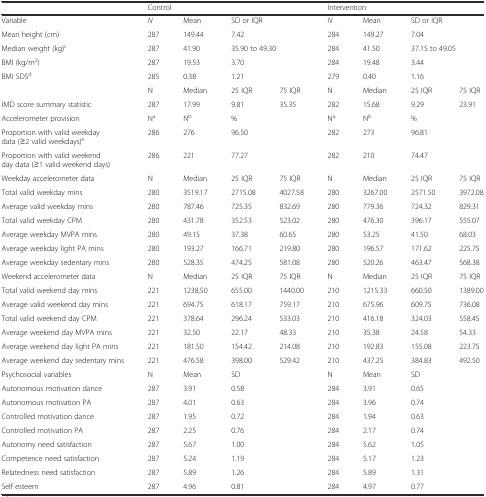
<table><thead><tr><td></td><td colspan="4"><b>Control</b></td><td colspan="4"><b>Intervention</b></td></tr></thead><tbody><tr><td>Variable</td><td><i>N</i></td><td>Mean</td><td colspan="2">SD or IQR</td><td><i>N</i></td><td>Mean</td><td colspan="2">SD or IQR</td></tr><tr><td>Mean height (cm)</td><td>287</td><td>149.44</td><td colspan="2">7.42</td><td>284</td><td>149.27</td><td>7.04</td><td></td></tr><tr><td>Median weight (kg)<sup>c</sup></td><td>287</td><td>41.90</td><td colspan="2">35.90 to 49.30</td><td>284</td><td>41.50</td><td colspan="2">37.15 to 49.05</td></tr><tr><td>BMI (kg/m<sup>2</sup>)</td><td>287</td><td>19.53</td><td colspan="2">3.70</td><td>284</td><td>19.48</td><td colspan="2">3.44</td></tr><tr><td>BMI SDS<sup>d</sup></td><td>285</td><td>0.38</td><td colspan="2">1.21</td><td>279</td><td>0.40</td><td colspan="2">1.16</td></tr><tr><td></td><td>N</td><td>Median</td><td>25 IQR</td><td>75 IQR</td><td>N</td><td>Median</td><td>25 IQR</td><td>75 IQR</td></tr><tr><td>IMD score summary statistic</td><td>287</td><td>17.99</td><td>9.81</td><td>35.35</td><td>282</td><td>15.68</td><td>9.29</td><td>23.91</td></tr><tr><td>Accelerometer provision</td><td>N<sup>a</sup></td><td>N<sup>b</sup></td><td>%</td><td></td><td>N<sup>a</sup></td><td>N<sup>b</sup></td><td>%</td><td></td></tr><tr><td>Proportion with valid weekday data (≥2 valid weekdays)<sup>e</sup></td><td>286</td><td>276</td><td>96.50</td><td></td><td>282</td><td>273</td><td>96.81</td><td></td></tr><tr><td>Proportion with valid weekend day data (≥1 valid weekend days)</td><td>286</td><td>221</td><td>77.27</td><td></td><td>282</td><td>210</td><td>74.47</td><td></td></tr><tr><td>Weekday accelerometer data</td><td>N</td><td>Median</td><td>25 IQR</td><td>75 IQR</td><td>N</td><td>Median</td><td>25 IQR</td><td>75 IQR</td></tr><tr><td>Total valid weekday mins</td><td>280</td><td>3519.17</td><td>2715.08</td><td>4027.58</td><td>280</td><td>3267.00</td><td>2571.50</td><td>3972.08</td></tr><tr><td>Average valid weekday mins</td><td>280</td><td>787.46</td><td>725.35</td><td>832.69</td><td>280</td><td>779.36</td><td>724.32</td><td>829.31</td></tr><tr><td>Total valid weekday CPM</td><td>280</td><td>431.78</td><td>352.53</td><td>523.02</td><td>280</td><td>476.30</td><td>396.17</td><td>555.07</td></tr><tr><td>Average weekday MVPA mins</td><td>280</td><td>49.15</td><td>37.38</td><td>60.65</td><td>280</td><td>53.25</td><td>41.50</td><td>68.03</td></tr><tr><td>Average weekday light PA mins</td><td>280</td><td>193.27</td><td>166.71</td><td>219.80</td><td>280</td><td>196.57</td><td>171.62</td><td>225.75</td></tr><tr><td>Average weekday sedentary mins</td><td>280</td><td>528.35</td><td>474.25</td><td>581.08</td><td>280</td><td>520.26</td><td>463.47</td><td>568.38</td></tr><tr><td>Weekend accelerometer data</td><td>N</td><td>Median</td><td>25 IQR</td><td>75 IQR</td><td>N</td><td>Median</td><td>25 IQR</td><td>75 IQR</td></tr><tr><td>Total valid weekend day mins</td><td>221</td><td>1238.50</td><td>655.00</td><td>1440.00</td><td>210</td><td>1215.33</td><td>660.50</td><td>1389.00</td></tr><tr><td>Average valid weekend day mins</td><td>221</td><td>694.75</td><td>618.17</td><td>759.17</td><td>210</td><td>675.96</td><td>609.75</td><td>736.08</td></tr><tr><td>Total valid weekend day CPM</td><td>221</td><td>378.64</td><td>296.24</td><td>533.03</td><td>210</td><td>416.18</td><td>324.03</td><td>558.45</td></tr><tr><td>Average weekend day MVPA mins</td><td>221</td><td>32.50</td><td>22.17</td><td>48.33</td><td>210</td><td>35.38</td><td>24.58</td><td>54.33</td></tr><tr><td>Average weekend day light PA mins</td><td>221</td><td>181.50</td><td>154.42</td><td>214.08</td><td>210</td><td>192.83</td><td>155.08</td><td>223.75</td></tr><tr><td>Average weekend day sedentary mins</td><td>221</td><td>476.58</td><td>398.00</td><td>529.42</td><td>210</td><td>437.25</td><td>384.83</td><td>492.50</td></tr><tr><td>Psychosocial variables</td><td>N</td><td>Mean</td><td colspan="2">SD</td><td>N</td><td>Mean</td><td colspan="2">SD</td></tr><tr><td>Autonomous motivation dance</td><td>287</td><td>3.91</td><td colspan="2">0.58</td><td>284</td><td>3.91</td><td colspan="2">0.65</td></tr><tr><td>Autonomous motivation PA</td><td>287</td><td>4.01</td><td colspan="2">0.63</td><td>284</td><td>3.96</td><td colspan="2">0.74</td></tr><tr><td>Controlled motivation dance</td><td>287</td><td>1.95</td><td colspan="2">0.72</td><td>284</td><td>1.94</td><td colspan="2">0.63</td></tr><tr><td>Controlled motivation PA</td><td>287</td><td>2.25</td><td colspan="2">0.76</td><td>284</td><td>2.17</td><td colspan="2">0.74</td></tr><tr><td>Autonomy need satisfaction</td><td>287</td><td>5.67</td><td colspan="2">1.00</td><td>284</td><td>5.62</td><td colspan="2">1.05</td></tr><tr><td>Competence need satisfaction</td><td>287</td><td>5.24</td><td colspan="2">1.19</td><td>284</td><td>5.17</td><td colspan="2">1.23</td></tr><tr><td>Relatedness need satisfaction</td><td>287</td><td>5.89</td><td colspan="2">1.26</td><td>284</td><td>5.89</td><td colspan="2">1.31</td></tr><tr><td>Self esteem</td><td>287</td><td>4.96</td><td colspan="2">0.81</td><td>284</td><td>4.97</td><td colspan="2">0.77</td></tr></tbody></table>